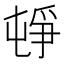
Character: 𡴣